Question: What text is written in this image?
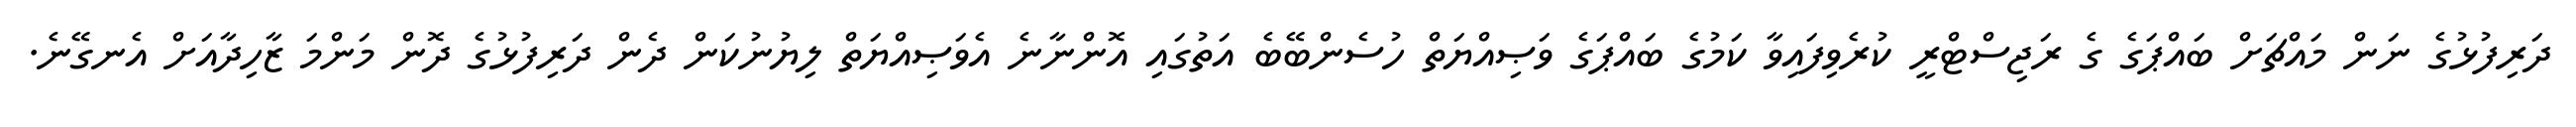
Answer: ދަރިފުޅުގެ ނަން މައްޗަށް ބައްޕަގެ ގެ ރަޖިސްޓްރީ ކުރެވިފައިވާ ކަމުގެ ބައްޕަގެ ވަޞިއްޔަތް ހުސެންބޭބެ އަތުގައި އޮންނާނެ އެވަޞިއްޔަތް ލިޔުނުކަން ދެން ދަރިފުޅުގެ ދޮން މަންމަ ޒާހިދާއަށް އެނގޭނެ.